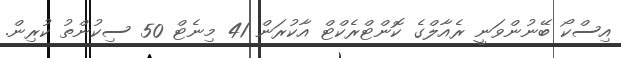
އިސްކޯ ބޭނުންވަނީ ރެއާލްގެ ކޮންޓްރެކްޓް އާކުރަން 41 މިނެޓް 50 ސިކުންތު ކުރިން.